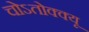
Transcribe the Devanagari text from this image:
चोऽतोक्क्यू